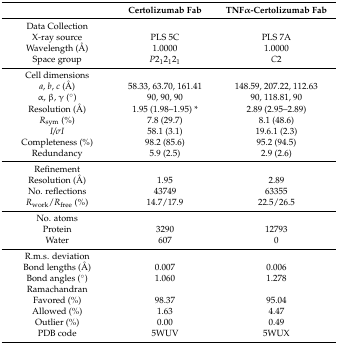
<table><thead><tr><td></td><td><b>Certolizumab Fab</b></td><td><b>TNFα-Certolizumab Fab</b></td></tr></thead><tbody><tr><td>Data Collection</td><td></td><td></td></tr><tr><td>X-ray source</td><td>PLS 5C</td><td>PLS 7A</td></tr><tr><td>Wavelength (Å)</td><td>1.0000</td><td>1.0000</td></tr><tr><td>Space group</td><td><i>P</i>2<sub>1</sub>2<sub>1</sub>2<sub>1</sub></td><td><i>C</i>2</td></tr><tr><td>Cell dimensions</td><td></td><td></td></tr><tr><td><i>a</i>, <i>b</i>, <i>c</i> (Å)</td><td>58.33, 63.70, 161.41</td><td>148.59, 207.22, 112.63</td></tr><tr><td>α, β, γ (°)</td><td>90, 90, 90</td><td>90, 118.81, 90</td></tr><tr><td>Resolution (Å)</td><td>1.95 (1.98–1.95) *</td><td>2.89 (2.95–2.89)</td></tr><tr><td><i>R</i><sub>sym</sub> (%)</td><td>7.8 (29.7)</td><td>8.1 (48.6)</td></tr><tr><td><i>I/σI</i></td><td>58.1 (3.1)</td><td>19.6.1 (2.3)</td></tr><tr><td>Completeness (%)</td><td>98.2 (85.6)</td><td>95.2 (94.5)</td></tr><tr><td>Redundancy</td><td>5.9 (2.5)</td><td>2.9 (2.6)</td></tr><tr><td>Refinement</td><td></td><td></td></tr><tr><td>Resolution (Å)</td><td>1.95</td><td>2.89</td></tr><tr><td>No. reflections</td><td>43749</td><td>63355</td></tr><tr><td><i>R</i><sub>work</sub>/<i>R</i><sub>free</sub> (%)</td><td>14.7/17.9</td><td>22.5/26.5</td></tr><tr><td>No. atoms</td><td></td><td></td></tr><tr><td>Protein</td><td>3290</td><td>12793</td></tr><tr><td>Water</td><td>607</td><td>0</td></tr><tr><td>R.m.s. deviation</td><td></td><td></td></tr><tr><td>Bond lengths (Å)</td><td>0.007</td><td>0.006</td></tr><tr><td>Bond angles ( ̊)</td><td>1.060</td><td>1.278</td></tr><tr><td>Ramachandran</td><td></td><td></td></tr><tr><td>Favored (%)</td><td>98.37</td><td>95.04</td></tr><tr><td>Allowed (%)</td><td>1.63</td><td>4.47</td></tr><tr><td>Outlier (%)</td><td>0.00</td><td>0.49</td></tr><tr><td>PDB code</td><td>5WUV</td><td>5WUX</td></tr></tbody></table>